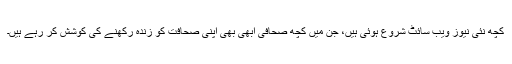
کچھ نئی نیوز ویب سائٹ شروع ہوئی ہیں، جن میں کچھ صحافی ابھی بھی اپنی صحافت کو زندہ رکھنے کی کوشش کر رہے ہیں۔